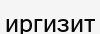
иргизит